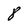
Character: 8